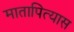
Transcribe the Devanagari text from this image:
मातापित्यास